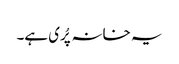
یہ خانہ پُری ہے۔